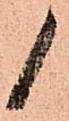
候